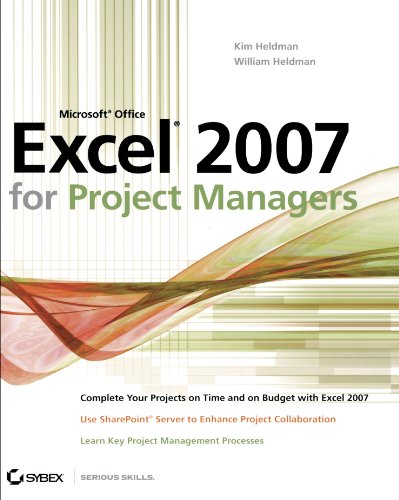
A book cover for Microsoft Office Excel 2007 for Project Managers; Kim Heldman; Computers & Technology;